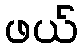
ဖယ်